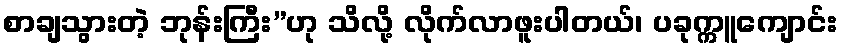
စာချသွားတဲ့ ဘုန်းကြီး”ဟု သိလို့ လိုက်လာဖူးပါတယ်၊ ပခုက္ကူကျောင်း